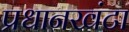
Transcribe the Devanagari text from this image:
प्रधानखंटा